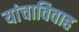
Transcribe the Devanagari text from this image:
यांचाविवाह